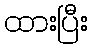
ထားပြီး